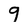
Character: 9